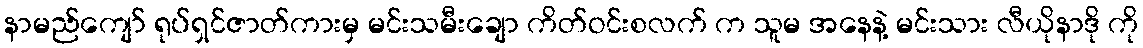
နာမည်ကျော် ရုပ်ရှင်ဇာတ်ကားမှ မင်းသမီးချော ကိတ်ဝင်းစလက် က သူမ အနေနဲ့ မင်းသား လီယိုနာဒို ကို